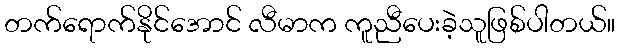
တက်ရောက်နိုင်အောင် လီမာက ကူညီပေးခဲ့သူဖြစ်ပါတယ်။